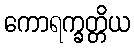
ကောရက္ခတ္တိယ